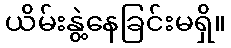
ယိမ်းနွဲ့နေခြင်းမရှိ။